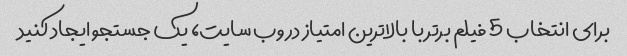
برای انتخاب 5 فیلم برتر با بالاترین امتیاز در وب سایت، یک جستجو ایجاد کنید